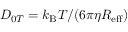
D _ { 0 T } = k _ { \mathrm { B } } T / ( 6 \pi \eta R _ { \mathrm { e f f } } )